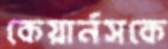
কেয়ার্নসকে